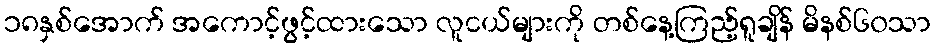
၁၈နှစ်အောက် အကောင့်ဖွင့်ထားသော လူငယ်များကို တစ်နေ့ကြည့်ရူချိန် မိနစ်၆၀သာ